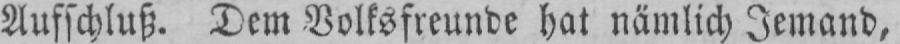
Aufschluß. Dem Volksfreunde hat nämlich Jemand,